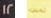
12 ثمين